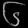
Digit: ၆